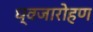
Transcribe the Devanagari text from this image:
ध्‍वजारोहण